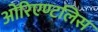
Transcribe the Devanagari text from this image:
ओरिएण्टलिस